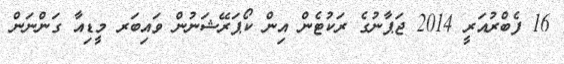
16 ފެބްރުއަރީ 2014 ޖަޕާނުގެ ރަކުޓެން އިން ކޯޕަރޭޝަނުން ވައިބަރ މީޑިއާ ގަންނަން